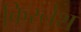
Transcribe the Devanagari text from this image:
किरनेश